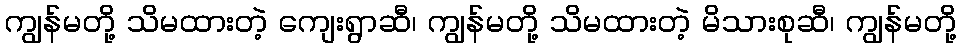
ကျွန်မတို့ သိမထားတဲ့ ကျေးရွာဆီ၊ ကျွန်မတို့ သိမထားတဲ့ မိသားစုဆီ၊ ကျွန်မတို့